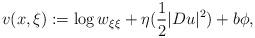
LaTeX: \begin{align*} v(x,\xi):=\log w_{\xi\xi}+ \eta(\frac{1}{2}|Du|^2)+b\phi, \end{align*}